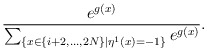
\begin{align*}\frac{e^{g(x)}}{\sum_{\{x\in\{ i+2,\dots,2N\}\mid\eta^1(x)=-1 \}} e^{g(x)}}.\end{align*}